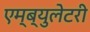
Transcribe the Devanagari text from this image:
एम्ब्युलेटरी